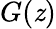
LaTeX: G(\mathit{z})